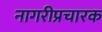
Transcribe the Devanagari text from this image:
नागरीप्रचारक